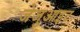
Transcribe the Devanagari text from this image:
जेजुआइट